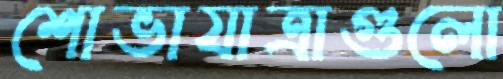
শোভাযাত্রাগুলো